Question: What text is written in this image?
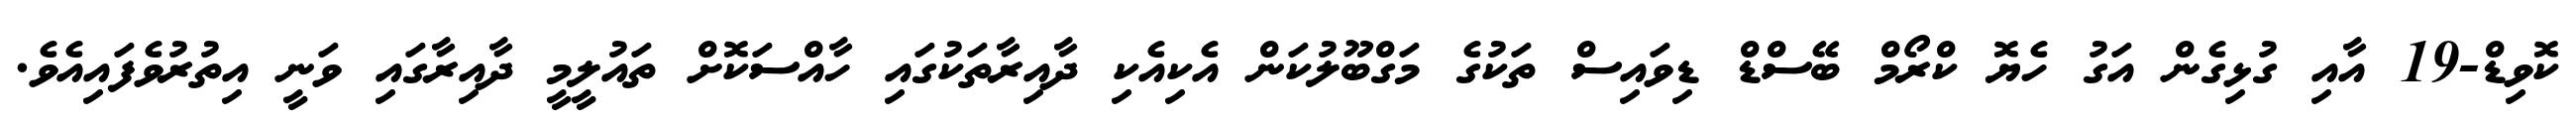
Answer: ކޮވިޑް-19 އާއި ގުޅިގެން އަގު ހެޔޮ ކްރޯމް ބޭސްޑް ޑިވައިސް ތަކުގެ މަގްބޫލުކަން އެކިއެކި ދާއިރާތަކުގައި ހާއްސަކޮށް ތައުލީމީ ދާއިރާގައި ވަނީ އިތުރުވެފައިއެވެ.